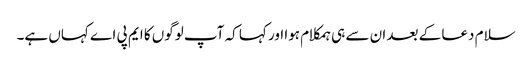
سلام دعا کے بعد ان سے ہی ہمکلام ہوا اور کہا کہ آپ لوگوں کا ایم پی اے کہاں ہے۔